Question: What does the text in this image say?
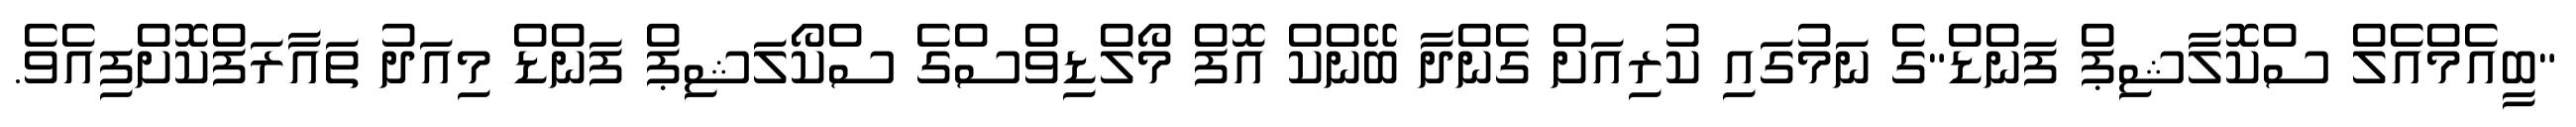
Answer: "ބީއެމްއެލް ސްކޮލާޝިޕް ފަންޑް"ގެ ނަމުގައި ކުރިއަށް ގެންދާ ބޭންކް އޮފް މޯލްޑިވްސްގެ ސްކޯލަޝިޕް ފަންޑް މިއަދު ތައާރަފްކޮށްފިއެވެ.